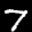
Label: 7